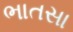
ભાતસા